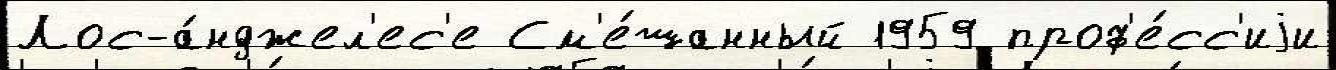
Лос-а́нджел'ес'е См'е́шанный 1959 проф'е́сс'иjи